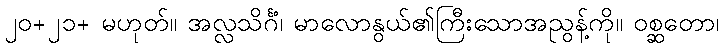
၂၀+၂၁+ မဟုတ်။ အလ္လသိင်္ဂံ၊ မာလောနွယ်၏ကြီးသောအညွန့်ကို။ ဝစ္ဆတော၊